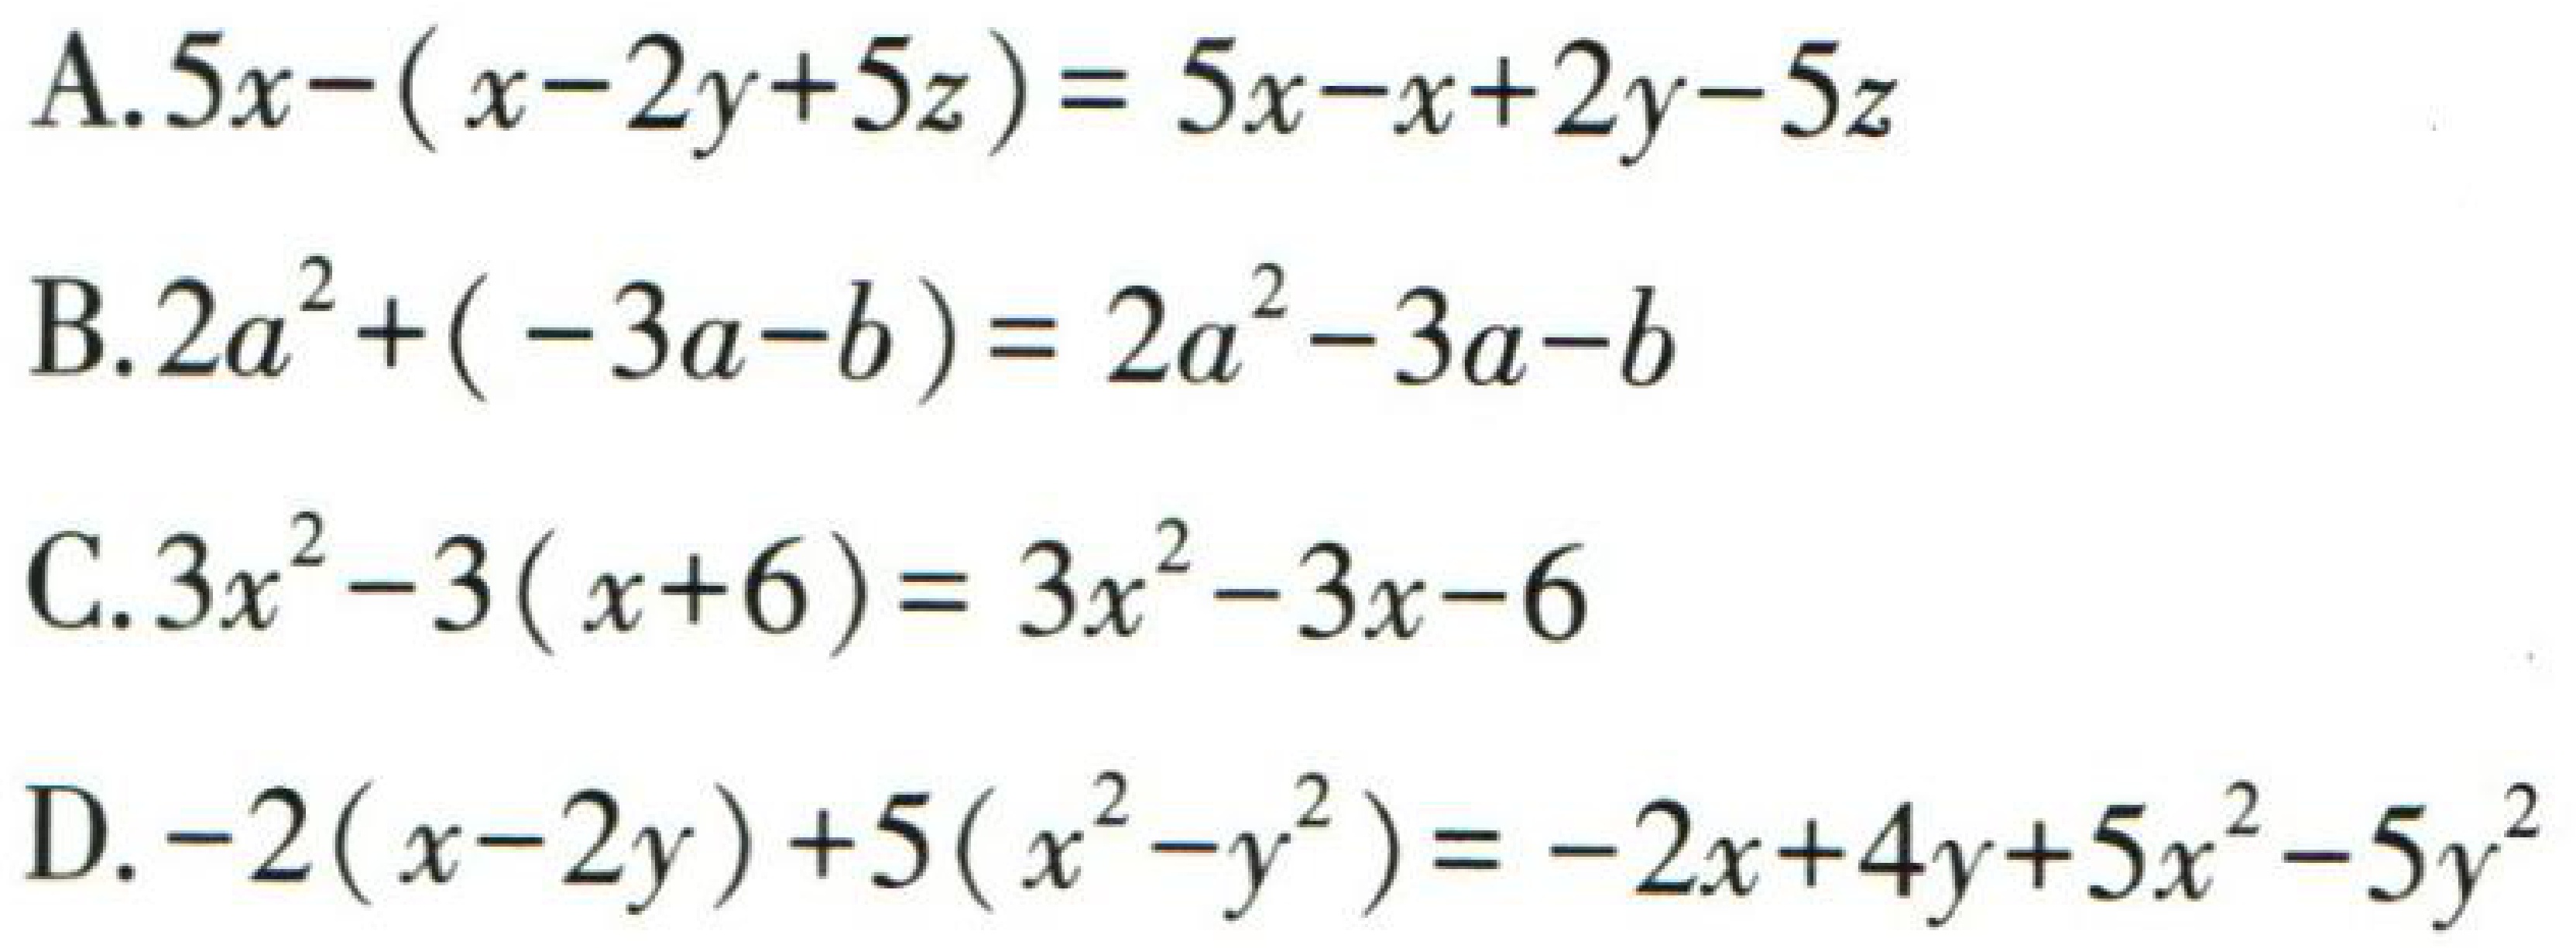
A. \(5x-(x - 2y + 5z)=5x - x + 2y - 5z\)

B. \(2a^{2}+(-3a - b)=2a^{2}-3a - b\)

C. \(3x^{2}-3(x + 6)=3x^{2}-3x - 6\)

D. \(-2(x - 2y)+5(x^{2}-y^{2})=-2x + 4y+5x^{2}-5y^{2}\)